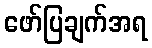
ဖော်ပြချက်အရ